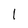
Character: 1